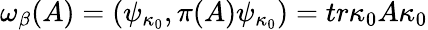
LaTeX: \omega_{\beta}(A)=\left(\psi_{\kappa_{0}},\pi(A)\psi_{\kappa_{0}}\right)=tr\kappa_{0}A\kappa_{0}